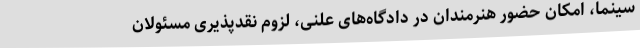
سینما، امکان حضور هنرمندان در دادگاه‌های علنی، لزوم نقدپذیری مسئولان